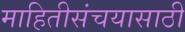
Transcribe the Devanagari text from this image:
माहितीसंचयासाठी